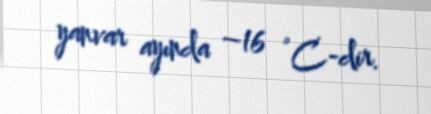
yanvar ayında –16 °C-dir.